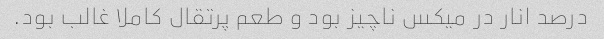
درصد انار در میکس ناچیز بود و طعم پرتقال کاملا غالب بود.